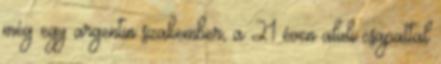
még egy argentin szakember, a 21 éven aluli csapattal